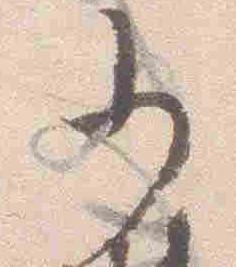
少